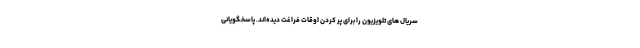
سریال­ های تلویزیون را برای پر کردن اوقات فراغت دیده‌­اند. پاسخگویانی